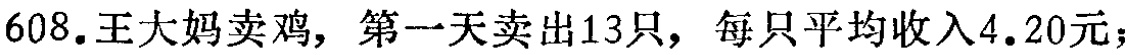
608.王大妈卖鸡，第一天卖出13只，每只平均收入4.20元；